Lunatic asylums Punjab 1868-1880 - 1868-1880
Year: 1868
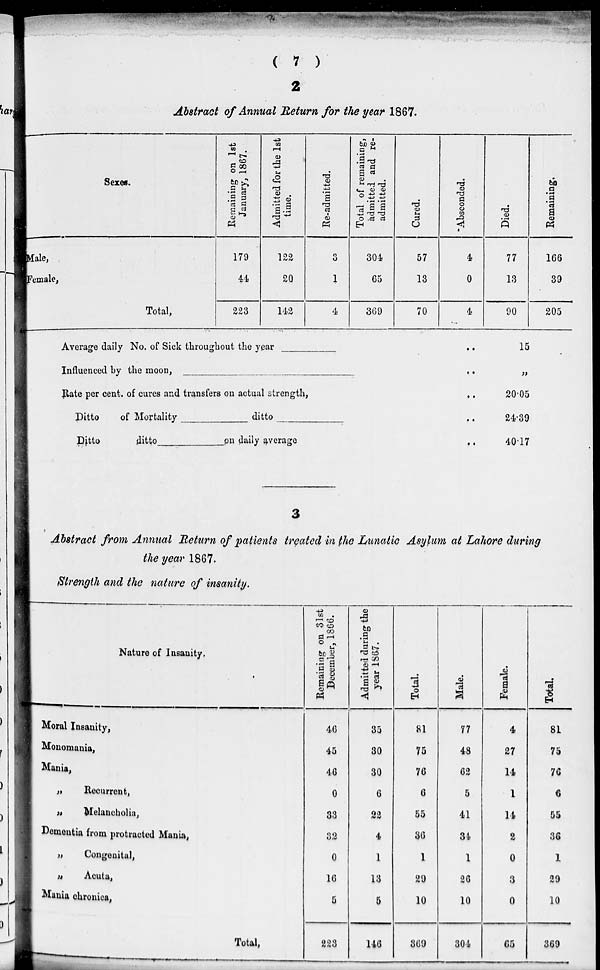
( 7 )
2
Abstract of Annual Return for the year 1867.
Sexes.
Male,
Female,
Total,
Remaining on 1st
January, 1867.
179
44
223
Admitted for the 1st
time.
122
20
142
Re-admitted.
3
1
4
Total of remaining,
admitted and re-
admitted.
304
65
369
Cured.
57
13
70
Absconded.
4
0
4
Died.
77
13
90
Remaining.
166
39
205
Average daily No. of Sick throughout the year
_______
..
Influenced by the moon,
__________..
Rate per cent. of cures and transfers on actual strength,
..
Ditto
of Mortality _____________ ditto ________ ..
Ditto
ditto ____________ on daily average ..
15
„
20.05
24.39
40.17
3
Abstract from Annual Return of patients treated in the Lunatic Asylum at Lahore during
the year 1867.
Strength and the nature of insanity.
Nature of Insanity.
Moral Insanity,
Monomania,
Mania,
„
Recurrent,
„
Melancholia,
Dementia from protracted Mania,
„
Congenital,
„
Acuta,
Mania chronica,
Total,
Remaining on 31st
December, 1866.
46
45
46
0
33
32
0
16
5
223
Admitted during the
year 1867.
35
30
30
6
22
4
1
13
5
146
Total.
81
75
76
6
55
36
1
29
10
369
Male.
77
48
62
5
41
34
1
26
10
304
Female.
4
27
14
1
14
2
0
3
0
65
Total.
81
75
70
6
55
36
1
29
10
369